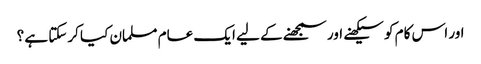
اور اس کام کو سیکھنے اور سمجھنے کے لیے ایک عام مسلمان کیا کرسکتا ہے ؟